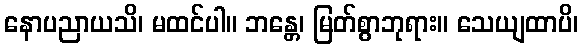
နောပညာယသိ၊ မထင်ပါ။ ဘန္တေ၊ မြတ်စွာဘုရား။ သေယျထာပိ၊